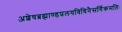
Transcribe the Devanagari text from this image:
अशेषब्रह्माण्डप्रलयविधिनैसर्गिकमतिः